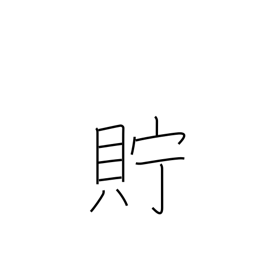
Meaning: keep